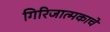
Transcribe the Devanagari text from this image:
गिरिजात्मकाचे